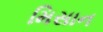
મિસાન